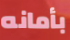
بأمانه